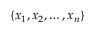
\{ x _ { 1 } , x _ { 2 } , \ldots , x _ { n } \}